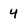
Character: 4